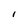
Character: 1